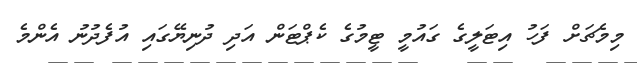
މިމެޗަށް ފަހު އިޓަލީގެ ގައުމީ ޓީމުގެ ކެޕްޓަން އަދި ދުނިޔޭގައި އުފެދުނު އެންމެ